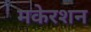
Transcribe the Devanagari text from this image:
मकेरशन